Korgessaare_vallavalitsus, lk 22
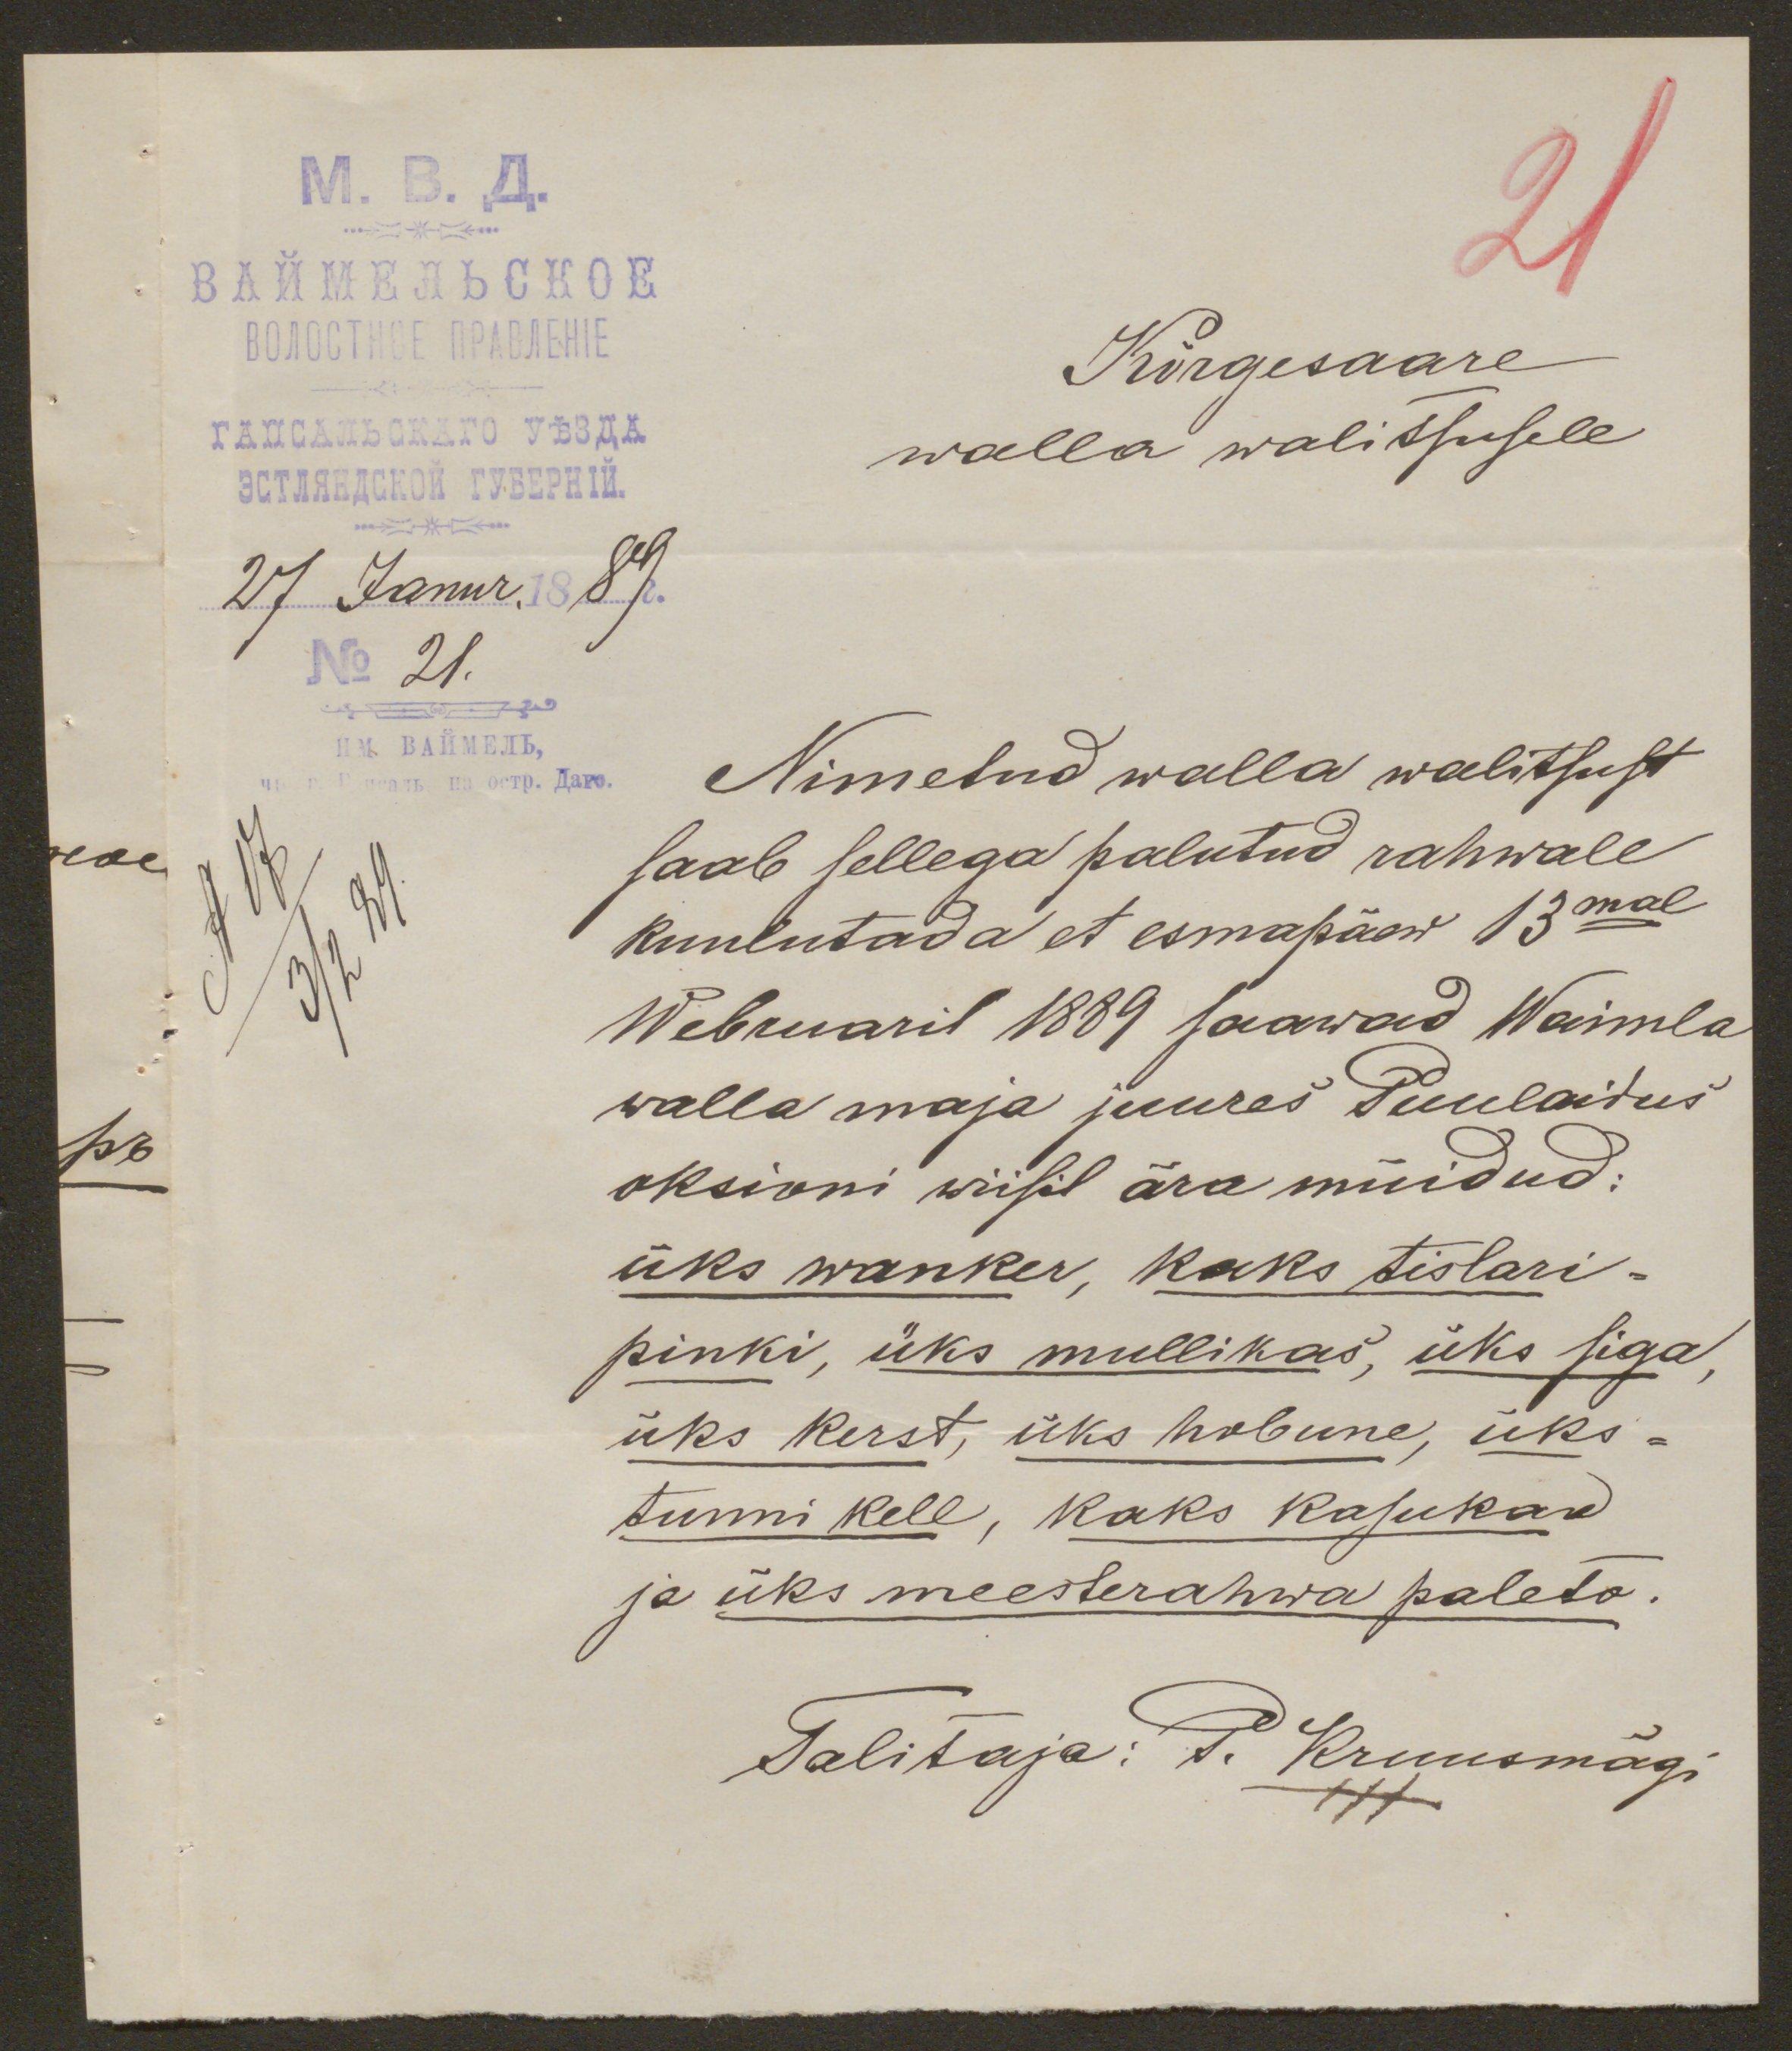
21
Kõrgesaare
walla walitsusele

Nimetud walla walitsust
saab sellega palutud rahwale
kuulutada et esmapäew 13mal
Webruaril 1889 saawad Waimla
walla maja juures Puulaitus
oksioni wiisil ära müidud:
üks wanker, kaks tislari-
pinki, üks mullikas, üks siga,
üks kirst, üks hobune, üks-
tunni kell, kaks kasukad
ja üks meesterahwa paleto.
Talitaja: P. Kruusmägi